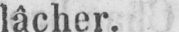
lâcher.